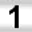
Digit: 1